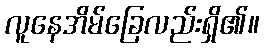
လူနေအိမ်ခြေလည်းရှိ၏။